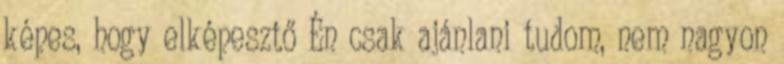
képes, hogy elképesztő Én csak ajánlani tudom, nem nagyon